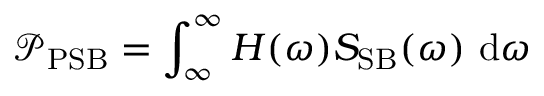
\mathcal { P } _ { \mathrm { P S B } } = \int _ { \infty } ^ { \infty } H ( \omega ) S _ { \mathrm { S B } } ( \omega ) ~ \mathrm { d } \omega